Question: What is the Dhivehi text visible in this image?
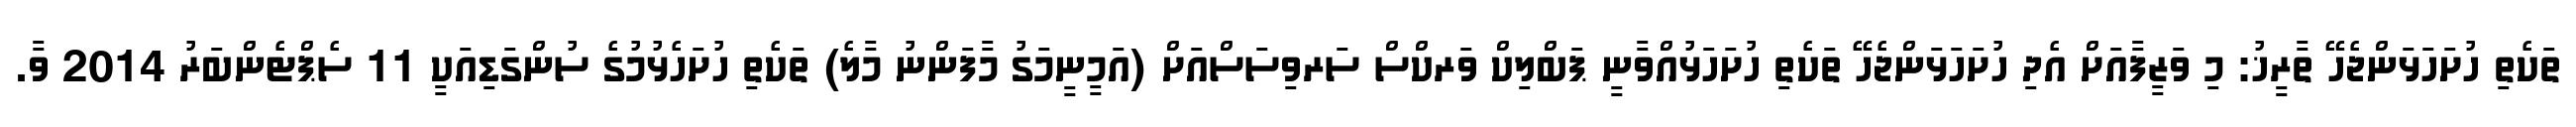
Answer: ތަކެތި ހުށަހަޅަންޖެހޭ ތާރީޚު: މި ވަޒީފާއަށް އެދި ހުށަހަޅަންޖެހޭ ތަކެތި ހުށަހަޅުއްވާނީ ޕަބްލިކް ވަރކްސް ސަރވިސަސްއަށް (އަމީނީމަގު މާފަންނު މާލެ) ތަކެތި ހުށަހެޅުމުގެ ސުންގަޑިއަކީ 11 ސެޕްޓެންބަރު 2014 ވާ.